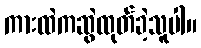
ကားထဲကဆွဲထုတ်ခဲ့သူပါ။